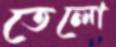
তেলো